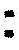
: